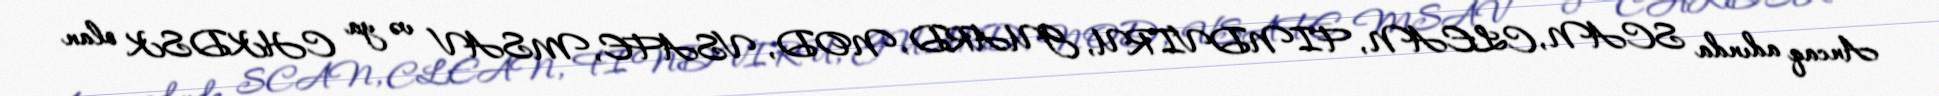
Ancaq adında SCAN, CLEAN, FINDVIRU, GUARD, NOD, VSAFE, MSAV və ya CHKDSK olan